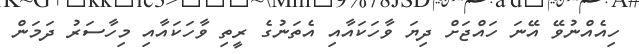
ހިއެއްނުވޭ އޭނަ ހައްޖަށް ދިޔަ ވާހަކައާއި އެތަނުގެ ރީތި ވާހަކައާއި މިހާސަރު ދަމަން